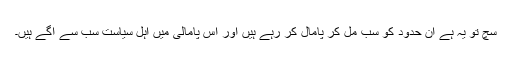
سچ تو یہ ہے ان حدود کو سب مل کر پامال کر رہے ہیں اور اس پامالی میں اہل سیاست سب سے آگے ہیں۔